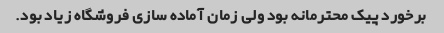
برخورد پیک محترمانه بود ولی زمان آماده سازی فروشگاه زیاد بود.